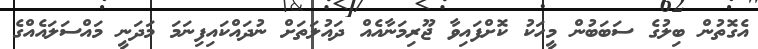
އެގޮތުން ބިލުގެ ސަބަބުން މީހަކު ކޮށްފައިވާ ޖޫރިމަނާއެއް ދައުލަތަށް ނުދައްކައިފިނަމަ މަދަނީ މައްސަލައެއްގެ